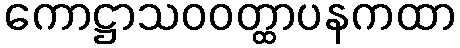
ကောဋ္ဌာသဝဝတ္ထာပနကထာ